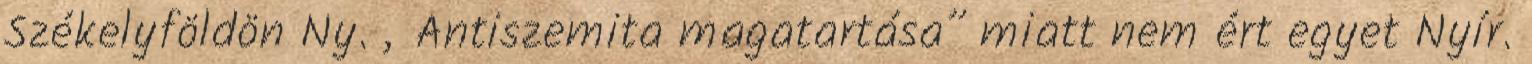
Székelyföldön Ny. „Antiszemita magatartása” miatt nem ért egyet Nyír.